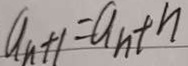
a _ { n + 1 } = a _ { n } + n